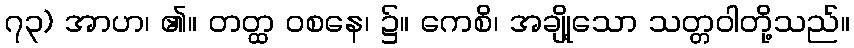
၇၃) အာဟ၊ ၏။ တတ္ထ ဝစနေ၊ ၌။ ကေစိ၊ အချို့သော သတ္တဝါတို့သည်။